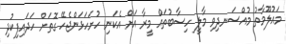
މައުލޫމާތު މުއްސަނދިވި މާލީ ހިސާބުތައް މީރާ އަށް އެކަނި ހުށަހަޅަންޖެހޭ ގޮތަށް ހަދައިފިކުދި